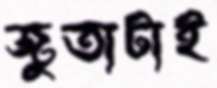
জুতাটাই